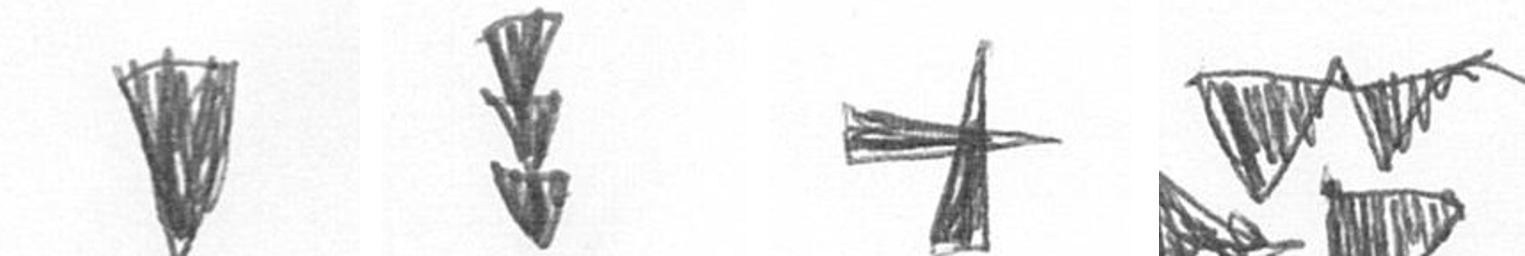
J E G B